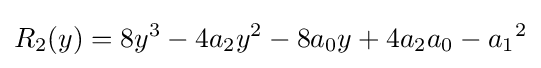
R_{2}(y)=8y^{3}-4a_{2}y^{2}-8a_{0}y+4a_{2}a_{0}-{a_{1}}^{2}